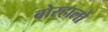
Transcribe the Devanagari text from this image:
बोरहालों